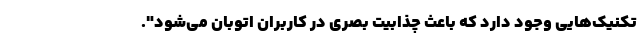
تکنیک‌هایی وجود دارد که باعث چذابیت بصری در کاربران اتوبان می‌شود".